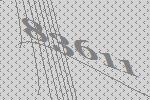
83611